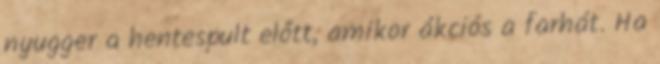
nyugger a hentespult előtt, amikor ákciós a farhát. Ha